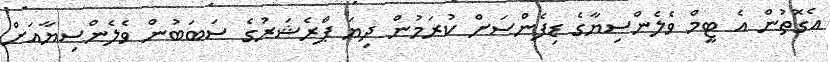
އެގޮތުން އެ ޓީމް ވެލެންސިޔާގެ ޑިފެންސަށް ކުރަމުން ދިޔަ ޕްރެޝަރުގެ ސަބަބުން ވެލެންސިޔާއަށް